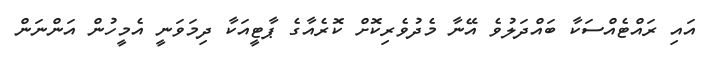
އައި ރައްޓެއްސަކާ ބައްދަލުވެ އޭނާ މެދުވެރިކޮށް ކޮރެއާގެ ޕާޓީއަކާ ދިމަވަނީ އެމީހުން އަންނަން